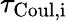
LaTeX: \tau_{\mathrm{Coul,i}}